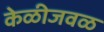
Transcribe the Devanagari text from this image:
केळीजवळ